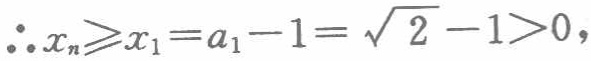
\(\therefore x_{n}\geqslant x_{1}=a_{1}-1=\sqrt{2}-1>0,\)